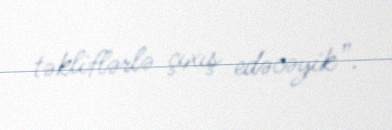
təkliflərlə çıxış edəcəyik”.